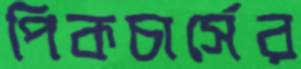
পিকচার্সের